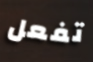
تفعل